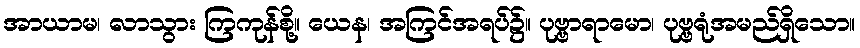
အာယာမ၊ လာသွား ကြကုန်စို့။ ယေန၊ အကြင်အရပ်၌။ ပုဗ္ဗာရာမော၊ ပုဗ္ဗရုံအမည်ရှိသော။